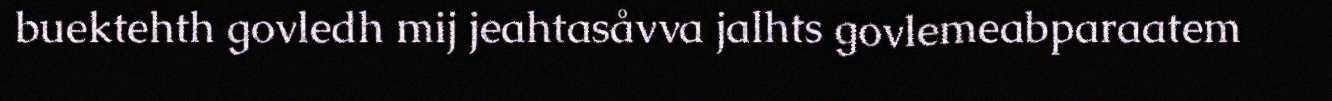
buektehth govledh mij jeahtasåvva jalhts govlemeabparaatem